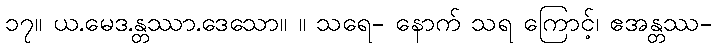
၁၇။ ယ.မေဒ.န္တဿာ.ဒေသော။ ။ သရေ- နောက် သရ ကြောင့်၊ ဧအန္တဿ-